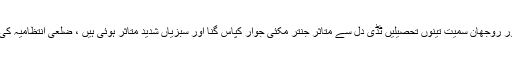
راجن پور میں ٹڈی دل کا ایک بار پھر فصلات پر شدید حملہ ہوا ہے ، جام پور روجھان سمیت تینوں تحصیلیں ٹڈی دل سے متاثر جنتر مکئی جوار کپاس گنا اور سبزیاں شدید متاثر ہوئی ہیں ، ضلعی انتظامیہ کی جانب سے مختلف اقدامات مگر ٹڈی دل اب بھی بڑی تعداد میں موجود ہے ۔